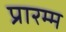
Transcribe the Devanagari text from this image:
प्रारम्म